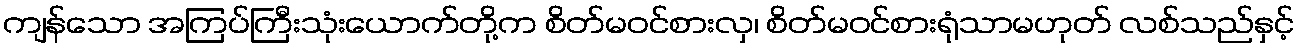
ကျန်သော အကြပ်ကြီးသုံးယောက်တို့က စိတ်မဝင်စားလှ၊ စိတ်မဝင်စားရုံသာမဟုတ် လစ်သည်နှင့်